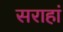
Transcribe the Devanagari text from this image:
सराहां